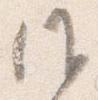
候